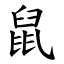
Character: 鼠